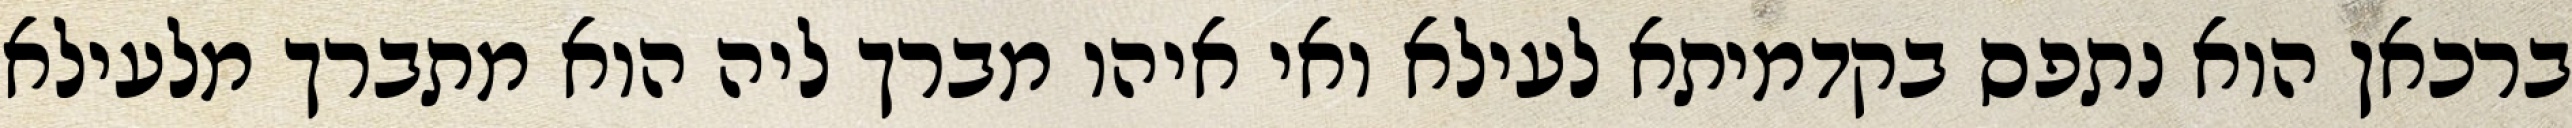
ברכאן הוא נתפס בקדמיתא לעילא ואי איהו מברך ליה הוא מתברך מלעילא